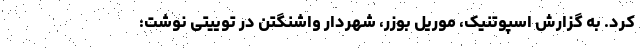
کرد. به گزارش اسپوتنیک، موریل بوزر، شهردار واشنگتن در توییتی نوشت: